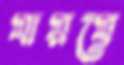
যায়যে